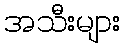
အသီးများ